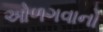
ઓળગવાનો